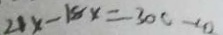
2 1 x - 1 8 x = 3 0 0 - 2 0